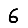
Digit: 6